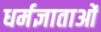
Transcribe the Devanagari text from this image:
धर्मज्ञाताओं